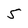
Character: 5